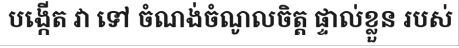
បង្កើត វា ទៅ ចំណង់ចំណូលចិត្ត ផ្ទាល់ខ្លួន របស់